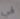
في